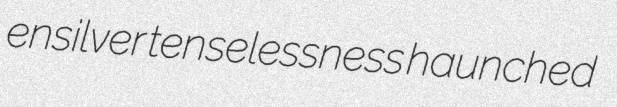
ensilver tenselessness haunched